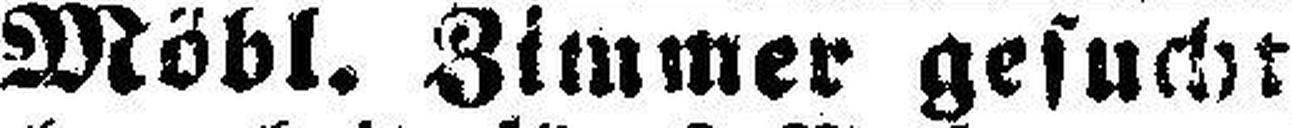
Möbl. Zimmer gesucht